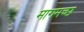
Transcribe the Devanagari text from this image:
मागमच्छ